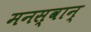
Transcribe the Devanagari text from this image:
मनस्वान्